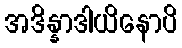
အဒိန္နာဒါယိနောပိ